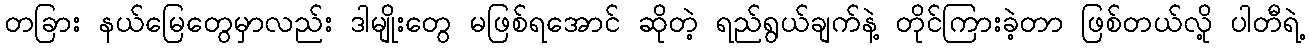
တခြား နယ်မြေတွေမှာလည်း ဒါမျိုးတွေ မဖြစ်ရအောင် ဆိုတဲ့ ရည်ရွယ်ချက်နဲ့ တိုင်ကြားခဲ့တာ ဖြစ်တယ်လို့ ပါတီရဲ့